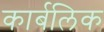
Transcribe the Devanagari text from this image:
कार्बलिक